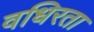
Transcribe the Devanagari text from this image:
वधिरता